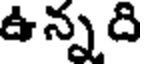
ఉన్నది